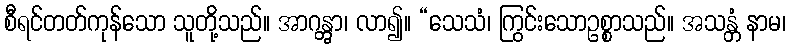
စီရင်တတ်ကုန်သော သူတို့သည်။ အာဂန္တွာ၊ လာ၍။ “သေသံ၊ ကြွင်းသောဥစ္စာသည်။ အသန္တံ နာမ၊